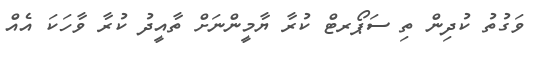
ވަގުތު ކުދިން ތި ސަޕޯރޓް ކުރާ ޔާމީންނަށް ތާއީދު ކުރާ ވާހަކަ އެއް